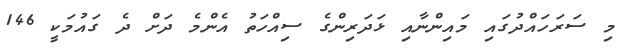
މި ސަރަހައްދުގައި މައިންނާއި ޅަދަރިންގެ ސިއްހަތު އެންމެ ދަށް ދެ ގައުމަކީ 146